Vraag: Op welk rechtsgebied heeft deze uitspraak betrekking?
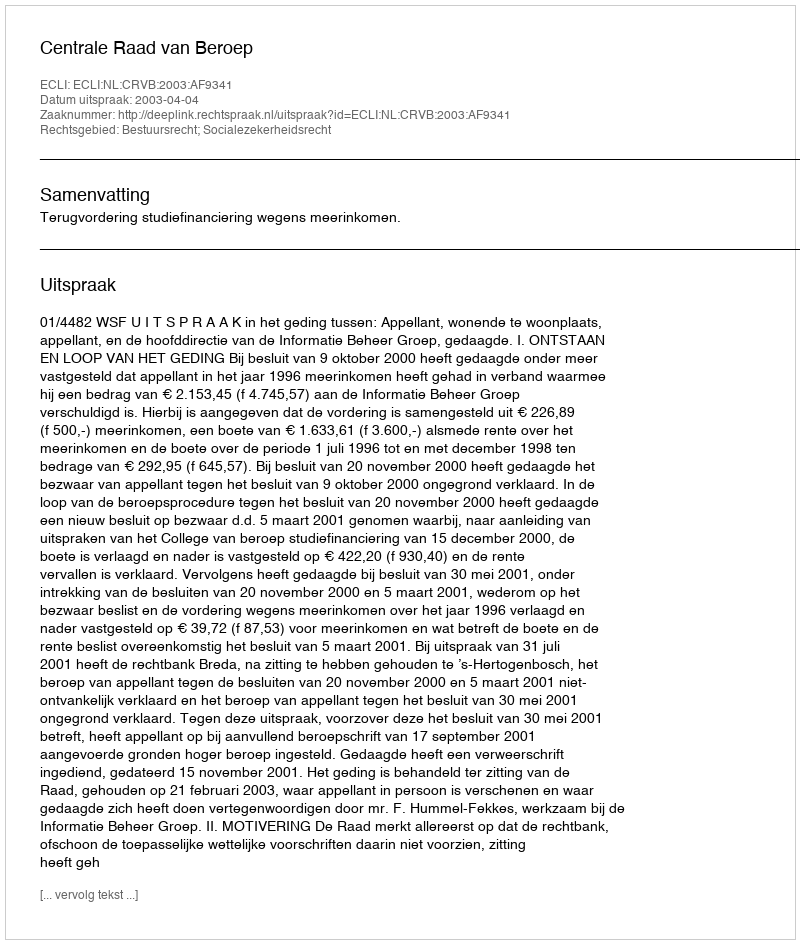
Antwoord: Bestuursrecht; Socialezekerheidsrecht